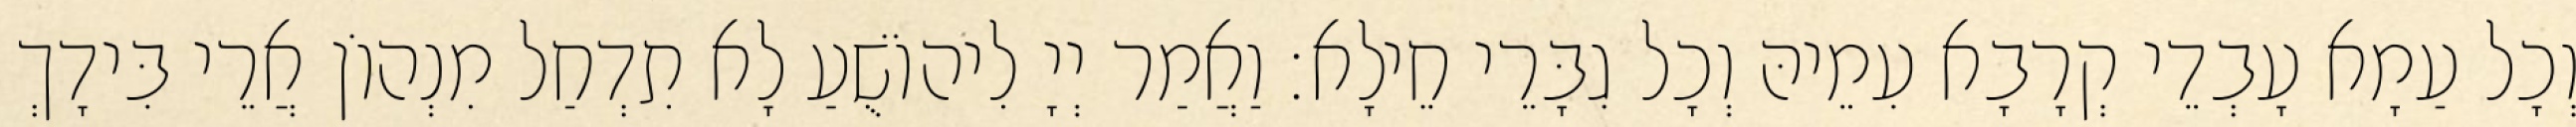
וְכָל עַמָא עָבְדֵי קְרָבָא עִמֵיהּ וְכָל גִבָּרֵי חֵילָא׃ וַאֲמַר יְיָ לִיהוֹשֻׁעַ לָא תִדְחַל מִנְהוֹן אֲרֵי בִּידָךְ